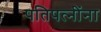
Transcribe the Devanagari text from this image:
पतिपत्‍नींना